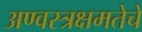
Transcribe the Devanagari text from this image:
अण्वस्त्रक्षमतेचे